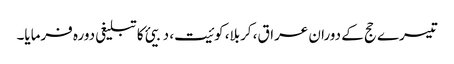
تیسرے حج کے دوران عراق، کربلا، کوئیت، دبیئ کا تبلیغی دورہ فرمایا۔